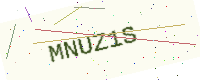
Text: MNUZ1S